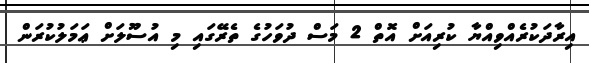
އިރާދަކުރެއްވިއްޔާ ކުރިއަށް އޮތް 2 މަސް ދުވަހުގެ ތެރޭގައި މި އުސޫލަށް ޢަމަލުކުރަން